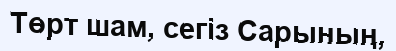
Төрт шам, сегіз Сарының,